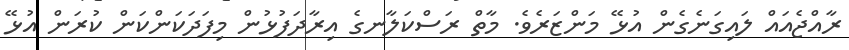
ރާއްޖެއައް ލައިގަނެގެން އުޅޭ މަންޒަރެވެ. މާތް ރަސްކަލާނގެ އިރާދަފުޅުން މިފަދަކަންކަން ކުރަން އުޅޭ